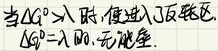
当$\Delta G^{0}>\lambda$时，便进入反转区。$\Delta G^{0}=\lambda$时，无净变。